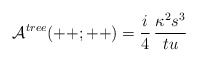
\begin{align*}{\cal A}^{tree}(++;++) = {i\over4}\,{\kappa^2 s^3 \over t u}\end{align*}